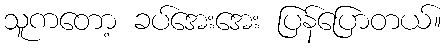
သူကတော့ ခပ်အေးအေး ပြန်ပြောတယ်။